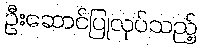
ဦးဆောင်ပြုလုပ်သည့်